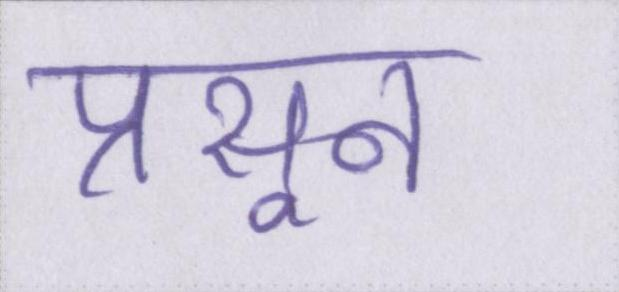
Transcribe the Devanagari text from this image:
प्रसून